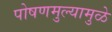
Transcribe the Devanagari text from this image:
पोषणमुल्यामुळे